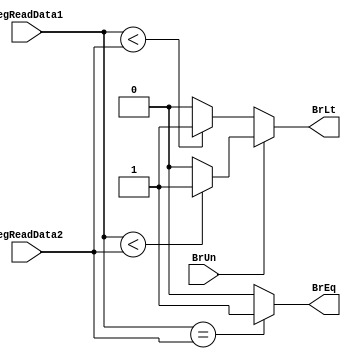
`timescale 1ns / 1ps
//////////////////////////////////////////////////////////////////////////////////
// Company: 
// Engineer: 
// 
// Design Name: 
// Module Name: branch_comp
// Project Name: 
// Target Devices: 
// Tool Versions: 
// Description: 
// 
// Dependencies: 
// 
// Revision:
// Revision 0.01 - File Created
// Additional Comments:
// 
//////////////////////////////////////////////////////////////////////////////////


module branch_comp(
    input [31:0] RegReadData1,
    input [31:0] RegReadData2,
    input BrUn,
    output BrEq,
    output BrLt
    );
    
    assign BrEq = (RegReadData1 == RegReadData2) ? 1:0;
    assign BrLt = (BrUn==1) ?  ( (RegReadData1 < RegReadData2) ? 1 : 0)
                            : ( $signed(RegReadData1) < $signed(RegReadData2))? 1:0;
endmodule